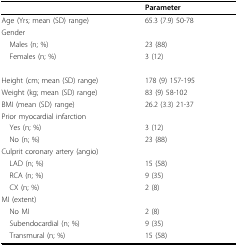
<table><thead><tr><td></td><td><b>Parameter</b></td></tr></thead><tbody><tr><td>Age (Yrs; mean (SD) range)</td><td>65.3 (7.9) 50-78</td></tr><tr><td>Gender</td><td></td></tr><tr><td> Males (n; %)</td><td>23 (88)</td></tr><tr><td> Females (n; %)</td><td>3 (12)</td></tr><tr><td>Height (cm; mean (SD) range)</td><td>178 (9) 157-195</td></tr><tr><td>Weight (kg; mean (SD) range)</td><td>83 (9) 58-102</td></tr><tr><td>BMI (mean (SD) range)</td><td>26.2 (3.3) 21-37</td></tr><tr><td>Prior myocardial infarction</td><td></td></tr><tr><td> Yes (n; %)</td><td>3 (12)</td></tr><tr><td> No (n; %)</td><td>23 (88)</td></tr><tr><td>Culprit coronary artery (angio)</td><td></td></tr><tr><td> LAD (n; %)</td><td>15 (58)</td></tr><tr><td> RCA (n; %)</td><td>9 (35)</td></tr><tr><td> CX (n; %)</td><td>2 (8)</td></tr><tr><td>MI (extent)</td><td></td></tr><tr><td> No MI</td><td>2 (8)</td></tr><tr><td> Subendocardial (n; %)</td><td>9 (35)</td></tr><tr><td> Transmural (n; %)</td><td>15 (58)</td></tr></tbody></table>